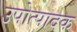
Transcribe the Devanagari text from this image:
उपोत्पादक